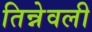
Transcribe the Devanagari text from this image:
तिन्नेवली